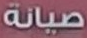
صيانة